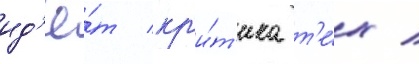
ид'ё́т кр'и́т'ика т'е́х /